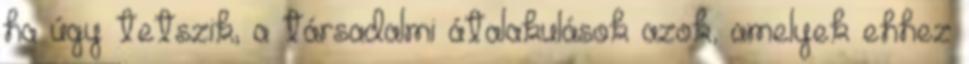
ha úgy tetszik, a társadalmi átalakulások azok, amelyek ehhez